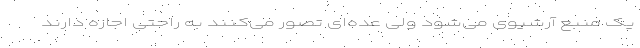
یک منبع آرشیوی می‌شود ولی عده‌ای تصور می‌کنند به راحتی اجازه دارند